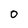
Character: 0